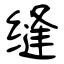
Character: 缝